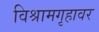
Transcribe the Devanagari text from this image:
विश्रामगृहावर